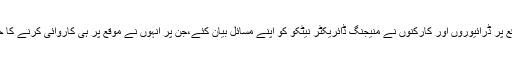
اس موقع پر ڈرائیوروں اور کارکنوں نے منیجنگ ڈائریکٹر نیٹکو کو اپنے مسائل بیان کئے،جن پر انہوں نے موقع پر ہی کاروائی کرنے کا حکم دیا۔